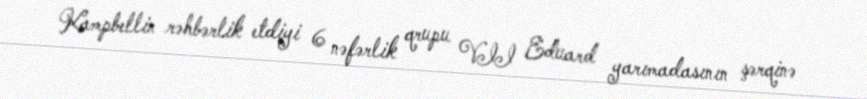
Kampbellin rəhbərlik etdiyi 6 nəfərlik qrupu VII Eduard yarımadasının şərqinə